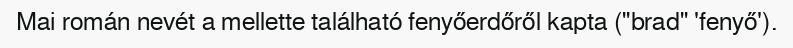
Mai román nevét a mellette található fenyőerdőről kapta ("brad" 'fenyő').